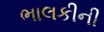
ભાલકીની